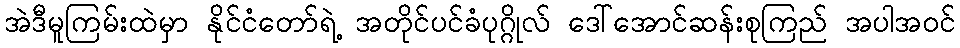
အဲဒီမူကြမ်းထဲမှာ နိုင်ငံတော်ရဲ့ အတိုင်ပင်ခံပုဂ္ဂိုလ် ဒေါ်အောင်ဆန်းစုကြည် အပါအဝင်